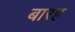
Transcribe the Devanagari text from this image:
बारह